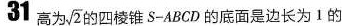
31 高为\sqrt{ 2 }的四棱锥S - A B C D的底面是边长为1的